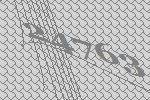
24763